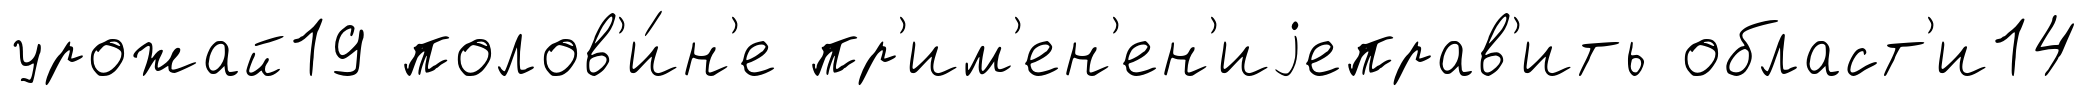
урожай19 полов'и́н'е пр'им'ен'ен'иjеправ'ить област'и14